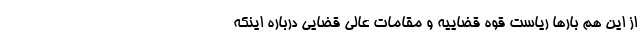
از این هم بارها ریاست قوه قضاییه و مقامات عالی قضایی درباره اینکه